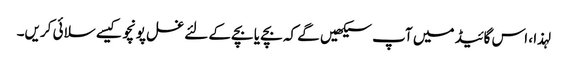
لہذا ، اس گائیڈ میں آپ سیکھیں گے کہ بچے یا بچے کے لئے غسل پونچو کیسے سلائی کریں۔